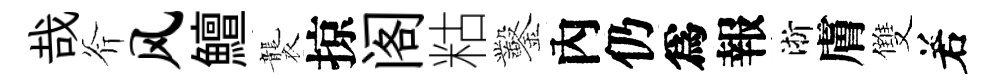
哉斧风鱣襲掠阁䊀鑿內仍爲報淅膚雙𠰥